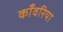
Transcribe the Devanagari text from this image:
काँवरिया